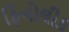
ફિનોલીક